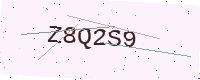
Text: Z8Q2S9